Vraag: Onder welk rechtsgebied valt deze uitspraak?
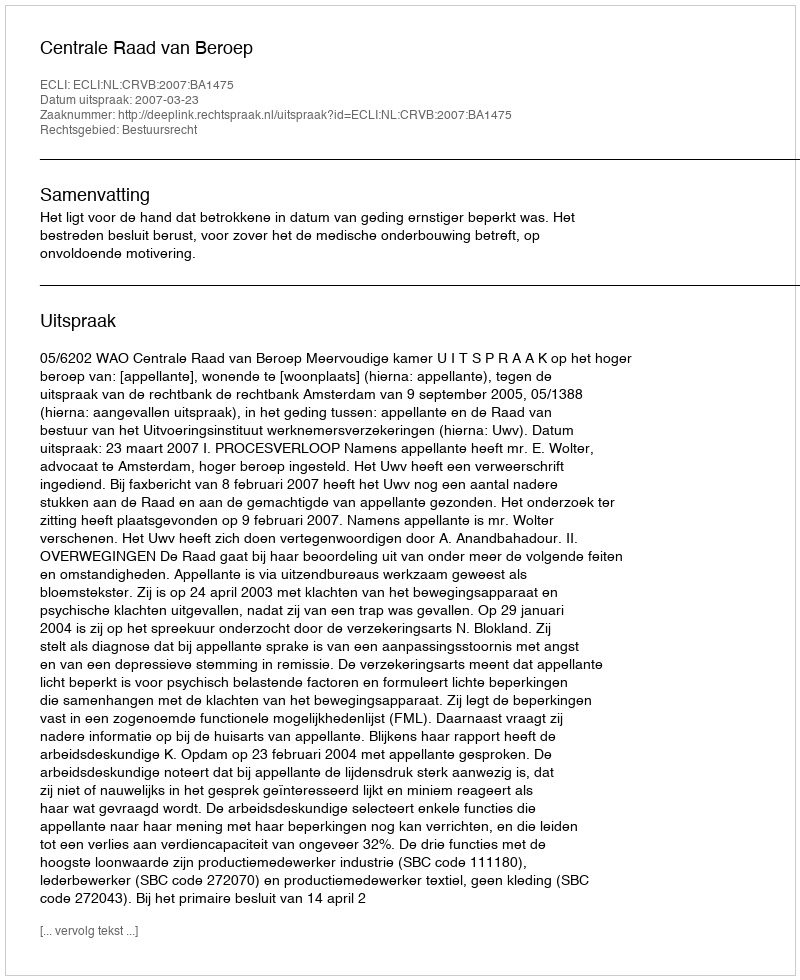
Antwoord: Bestuursrecht